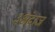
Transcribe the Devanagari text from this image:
३अंदाज